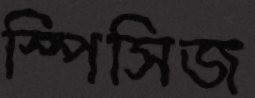
স্পিসিজ